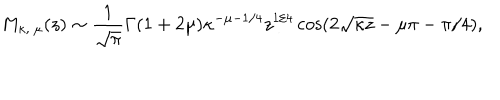
M _ { \kappa , \ \mu } ( z ) \sim { \frac { 1 } { \sqrt { \pi } } } \Gamma ( 1 + 2 \mu ) \kappa ^ { - \mu - 1 / 4 } z ^ { 1 / 4 } \cos ( 2 \sqrt { \kappa z } - \mu \pi - \pi / 4 ) ,